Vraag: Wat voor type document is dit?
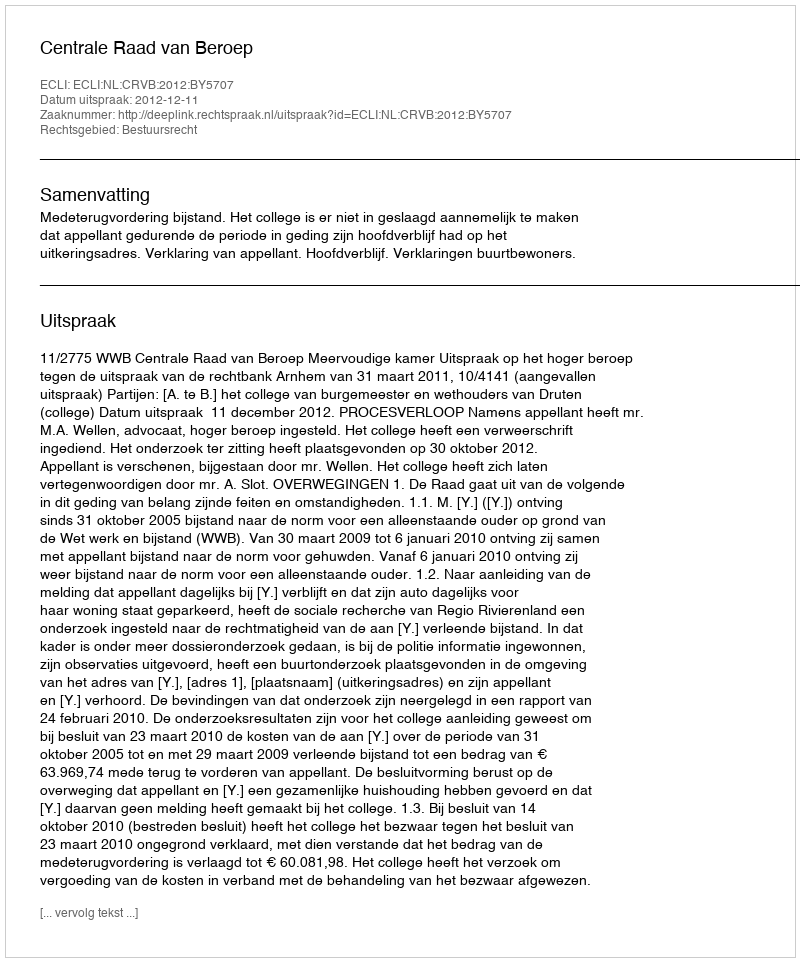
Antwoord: Uitspraak